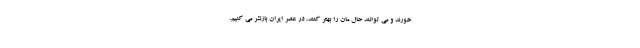
خورند و می توانند حال مان را بهتر کنند، در عصر ایران بازنشر می کنیم.